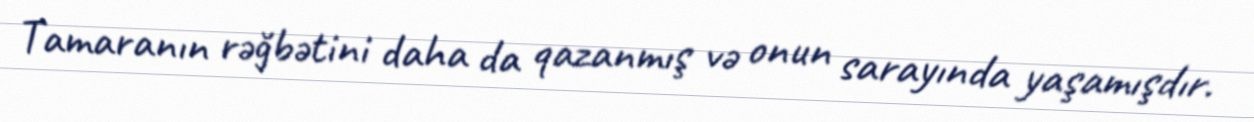
Tamaranın rəğbətini daha da qazanmış və onun sarayında yaşamışdır.